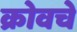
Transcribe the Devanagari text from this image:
क्रोवचे